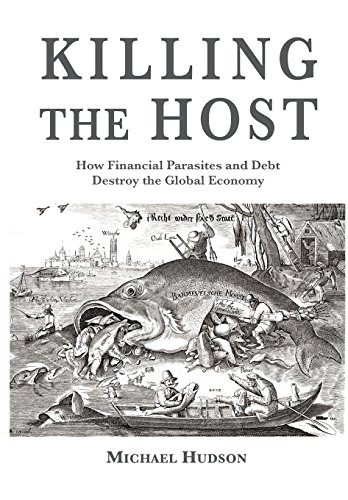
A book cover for Killing the Host: How Financial Parasites and Debt Bondage Destroy the Global Economy; Michael Hudson; Business & Money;